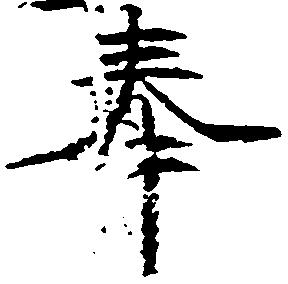
奉